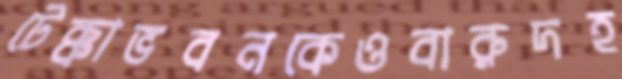
টেক্কাভবনকেওবারুদহ